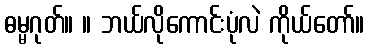
ဓမ္မဂုတ်။ ။ ဘယ်လိုကောင်းပုံလဲ ကိုယ်တော်။